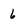
Character: 6